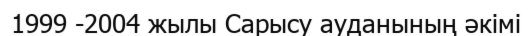
1999 -2004 жылы Сарысу ауданының әкімі